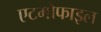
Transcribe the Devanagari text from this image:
एटमोफाइल